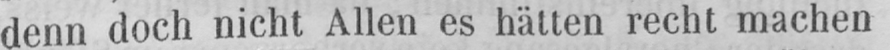
denn doch nicht Allen es hätten recht machen